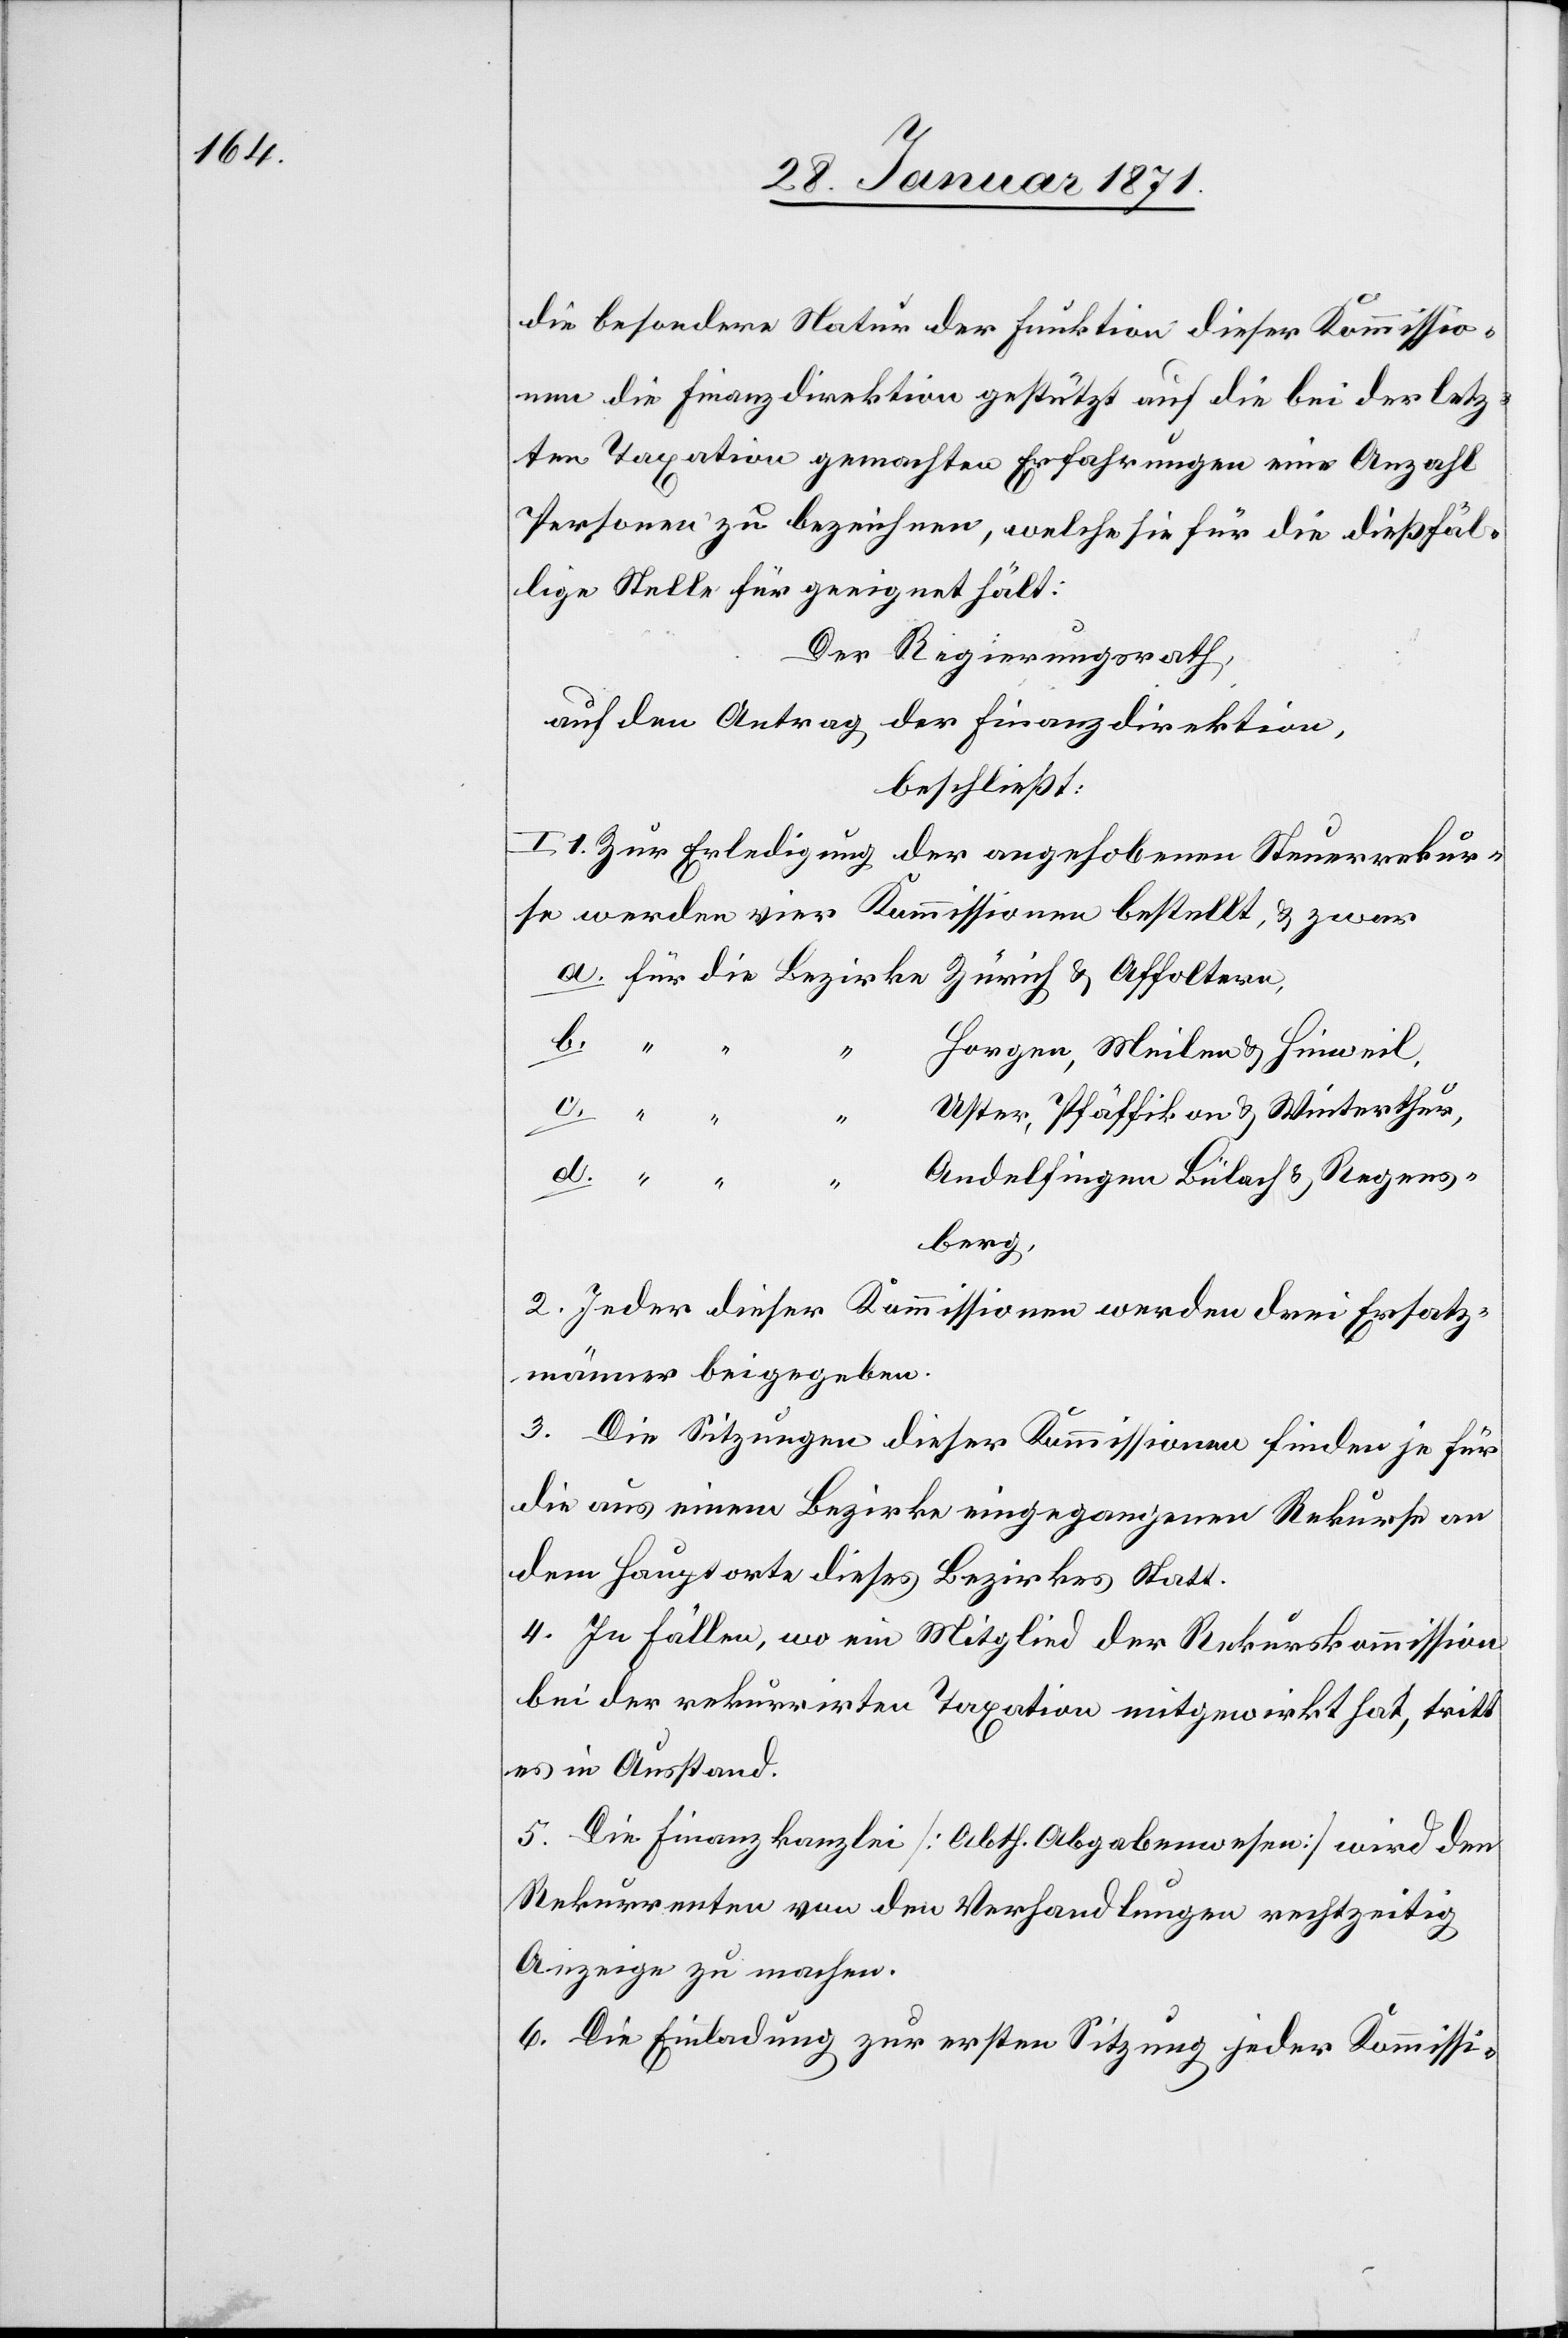
die besondere Natur der Funktion dieser Kommissio¬
nen die Finanzdirektion gestützt auf die bei der letz¬
ten Taxation gemachten Erfahrungen eine Anzahl
Personen zu bezeichnen, welche sie für die dießfäl¬
lige Stelle für geeignet hält:
Der Regierungsrath
auf den Antrag der Finanzdirektion,
beschließt:
I. 1. Zur Erledigung der angehobenen Steuerrekur¬
se werden vier Kommissionen bestellt u. zwar
b.
Horgen, Meilen u. Hinweil
c.
Uster, Pfäffikon u. Winterthur
d.
Andelfingen Bülach u. Regens¬
berg,
2. Jeder dieser Kommissionen werden drei Ersatz¬
männer beigegeben.
3. Die Sitzungen dieser Kommissionen finden je für
die aus einem Bezirke eingegangenen Rekurse an
dem Hauptorte dieses Bezirkes statt.
4. In Fällen, wo ein Mitglied der Rekurskommission
bei der rekurrirten Taxation mitgewirkt hat, tritt
es in Ausstand.
5. Die Finanzkanzlei [Abth. Abgabewesen] wird den
Rekurrenten von den Verhandlungen rechtzeitig
Anzeige zu machen
6. Die Einladung zur ersten Sitzung jeder Kommissi-